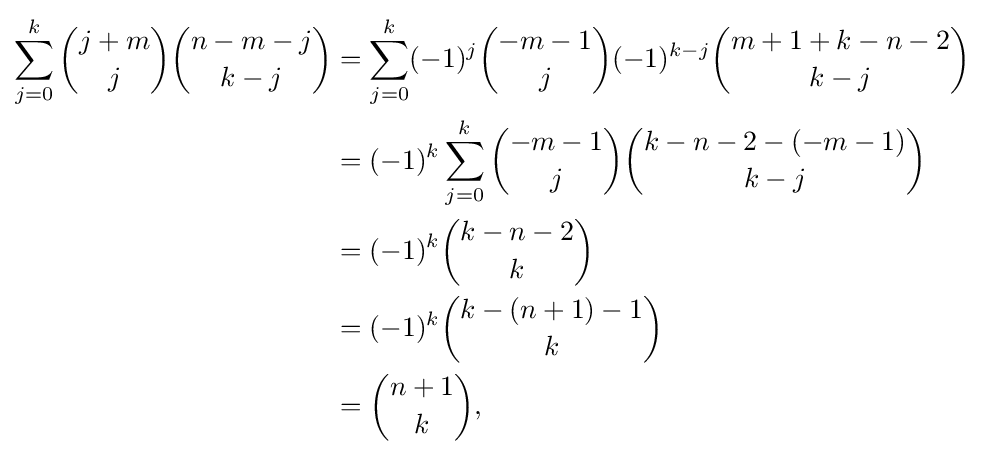
{\begin{aligned}\sum _{j=0}^{k}{\binom {j+m}{j}}{\binom {n-m-j}{k-j}}&=\sum _{j=0}^{k}(-1)^{j}{\binom {-m-1}{j}}(-1)^{k-j}{\binom {m+1+k-n-2}{k-j}}\\&=(-1)^{k}\sum _{j=0}^{k}{\binom {-m-1}{j}}{\binom {k-n-2-(-m-1)}{k-j}}\\&=(-1)^{k}{\binom {k-n-2}{k}}\\&=(-1)^{k}{\binom {k-(n+1)-1}{k}}\\&={\binom {n+1}{k}},\end{aligned}}